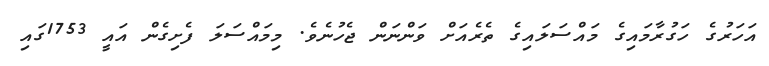
އަހަރުގެ ހަގުރާމައިގެ މައްސަލައިގެ ތެރެއަށް ވަންނަން ޖެހުނެވެ. މިމައްސަލަ ފެށިގެން އައީ 1753ގައި